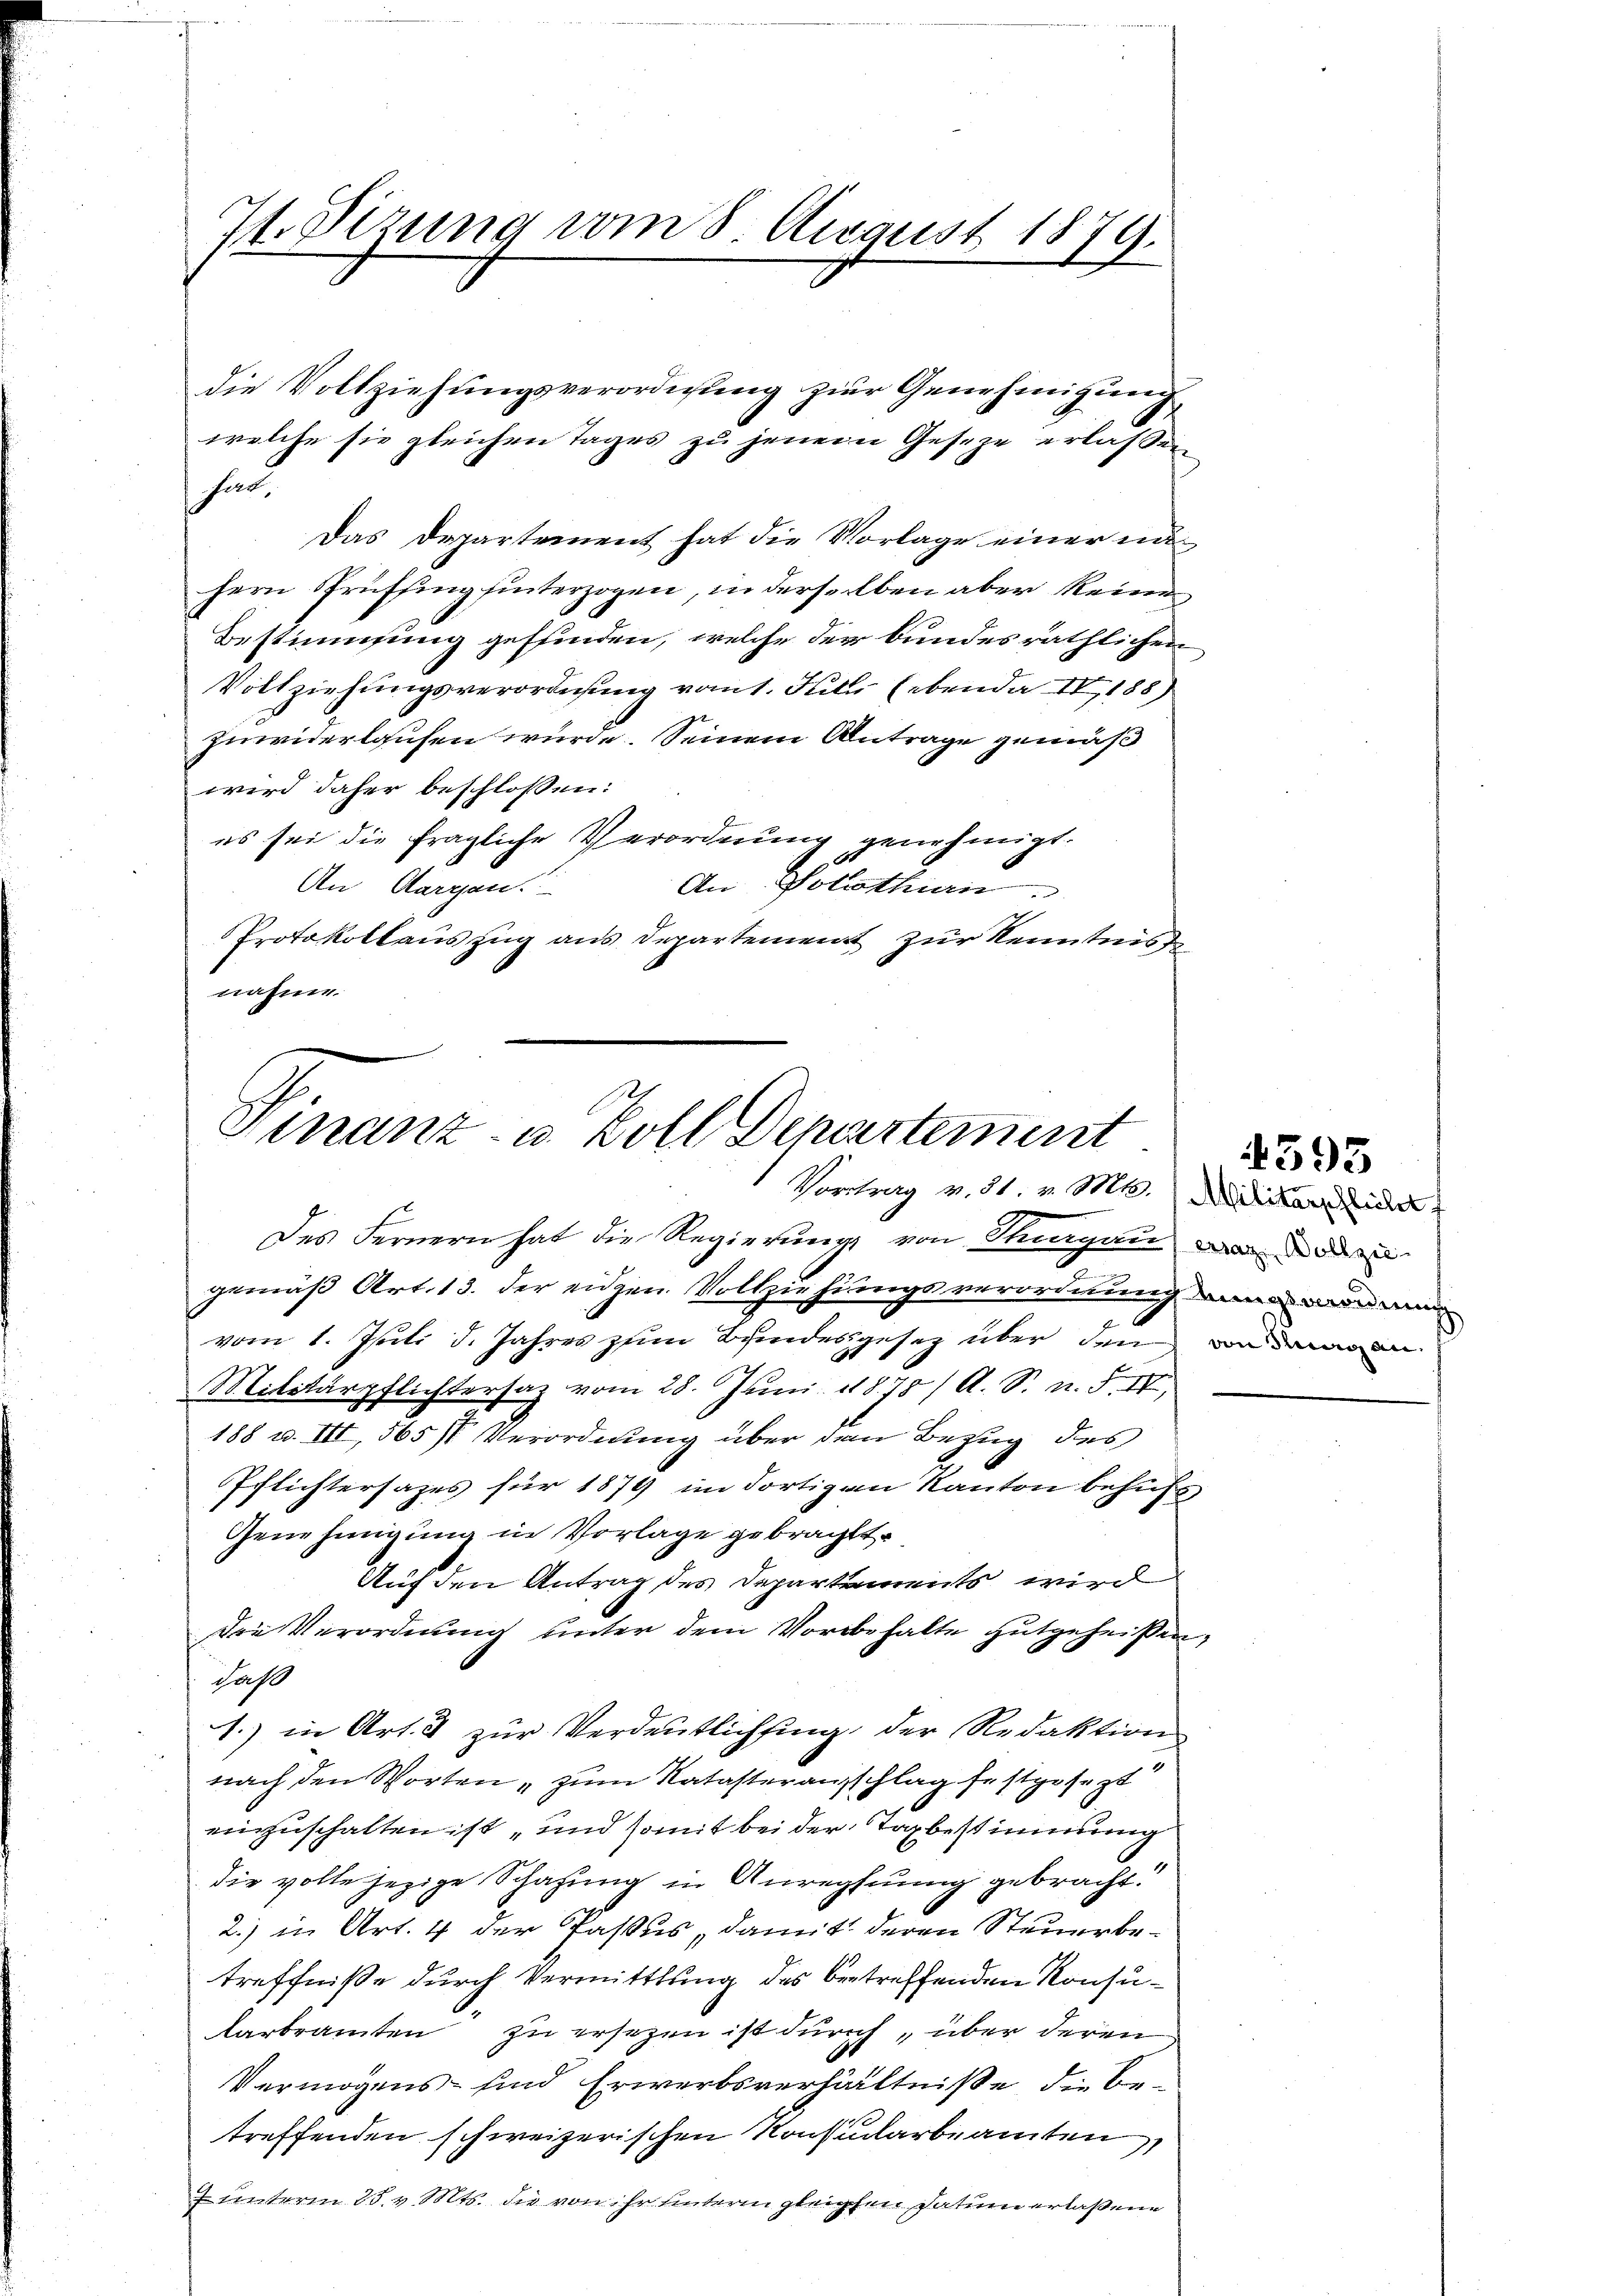
71. Sizung vom 8. August 1879.

die Vollziehŭngsverordnung zur Genehmigŭng
hat.
Das Departement hat die Vorlage einer unhern Prüfsing hinterzogen, in derselben aber keine
Bestimmung gefunden, welche der bundesräthlichen
Vollziehungsverordnung vom 1. Juli (ebenda IV, 188)
zuwiderlassen wurde. Seinem Antrage gemäß
wird daher beschlossen:
es sei die fragliche Verordnung genehmigt.
An Solothurn
An Aargau.
Protokollauszug aus Departement zur Kenntnis
nahme.

welche sie gleichen Tages zu jenem Geseze erlaßen

Finanz- u. Zoll Departement
Vortrag v. 31. v. Mt. Militare Zeicher

Des Fernern hat die Regierung von Thurgau d
gemäß Art. 13. der eiden Vollziehungsverordnung an den
vom 1. Juli d. Jahres zum Bundesgesetz über den von dem an
Militärpflichtersaz vom 28. Juni 1878 / A. S. n. F. IV,
188 u. III, 565 Verordnung über dem Bezug des
Pchlichtersages für 1879 im dortig an Kanton behuf
Genehmigung in Vorlage gebracht
Auf den Antrag des Departements wird
Die Verordnung unter dem Vorbehalte gutgeheißen,
Jaße
1.) in Art. 3 zur Verdeutlichsing, der Redaktion
nach den Worten, zum Natasterausschlag festgesezt
einzuschalten ist „und somit bei der Tagbestimmung
die volle jezige Schafung in Anrechnung gebracht:
2.) in Art. 4 der Passus, damit deren Steuerbetreffniße durch Vermittlung des betreffenden Konsukarbeamten zu ersetzen ist durch über deren
Vermögens- sind Erwerbsverhältniße die Betreffenden schweizerischen Konsularbeamten
 unterm 25. v. Mts. die von ihr unterm gleichten Datum erlaßene

d

395